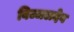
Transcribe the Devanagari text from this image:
बिज्जलदेव